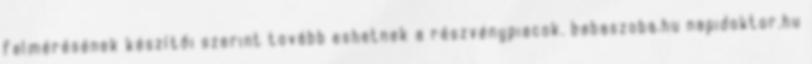
felmérésének készítői szerint tovább eshetnek a részvénypiacok. babaszoba.hu napidoktor.hu